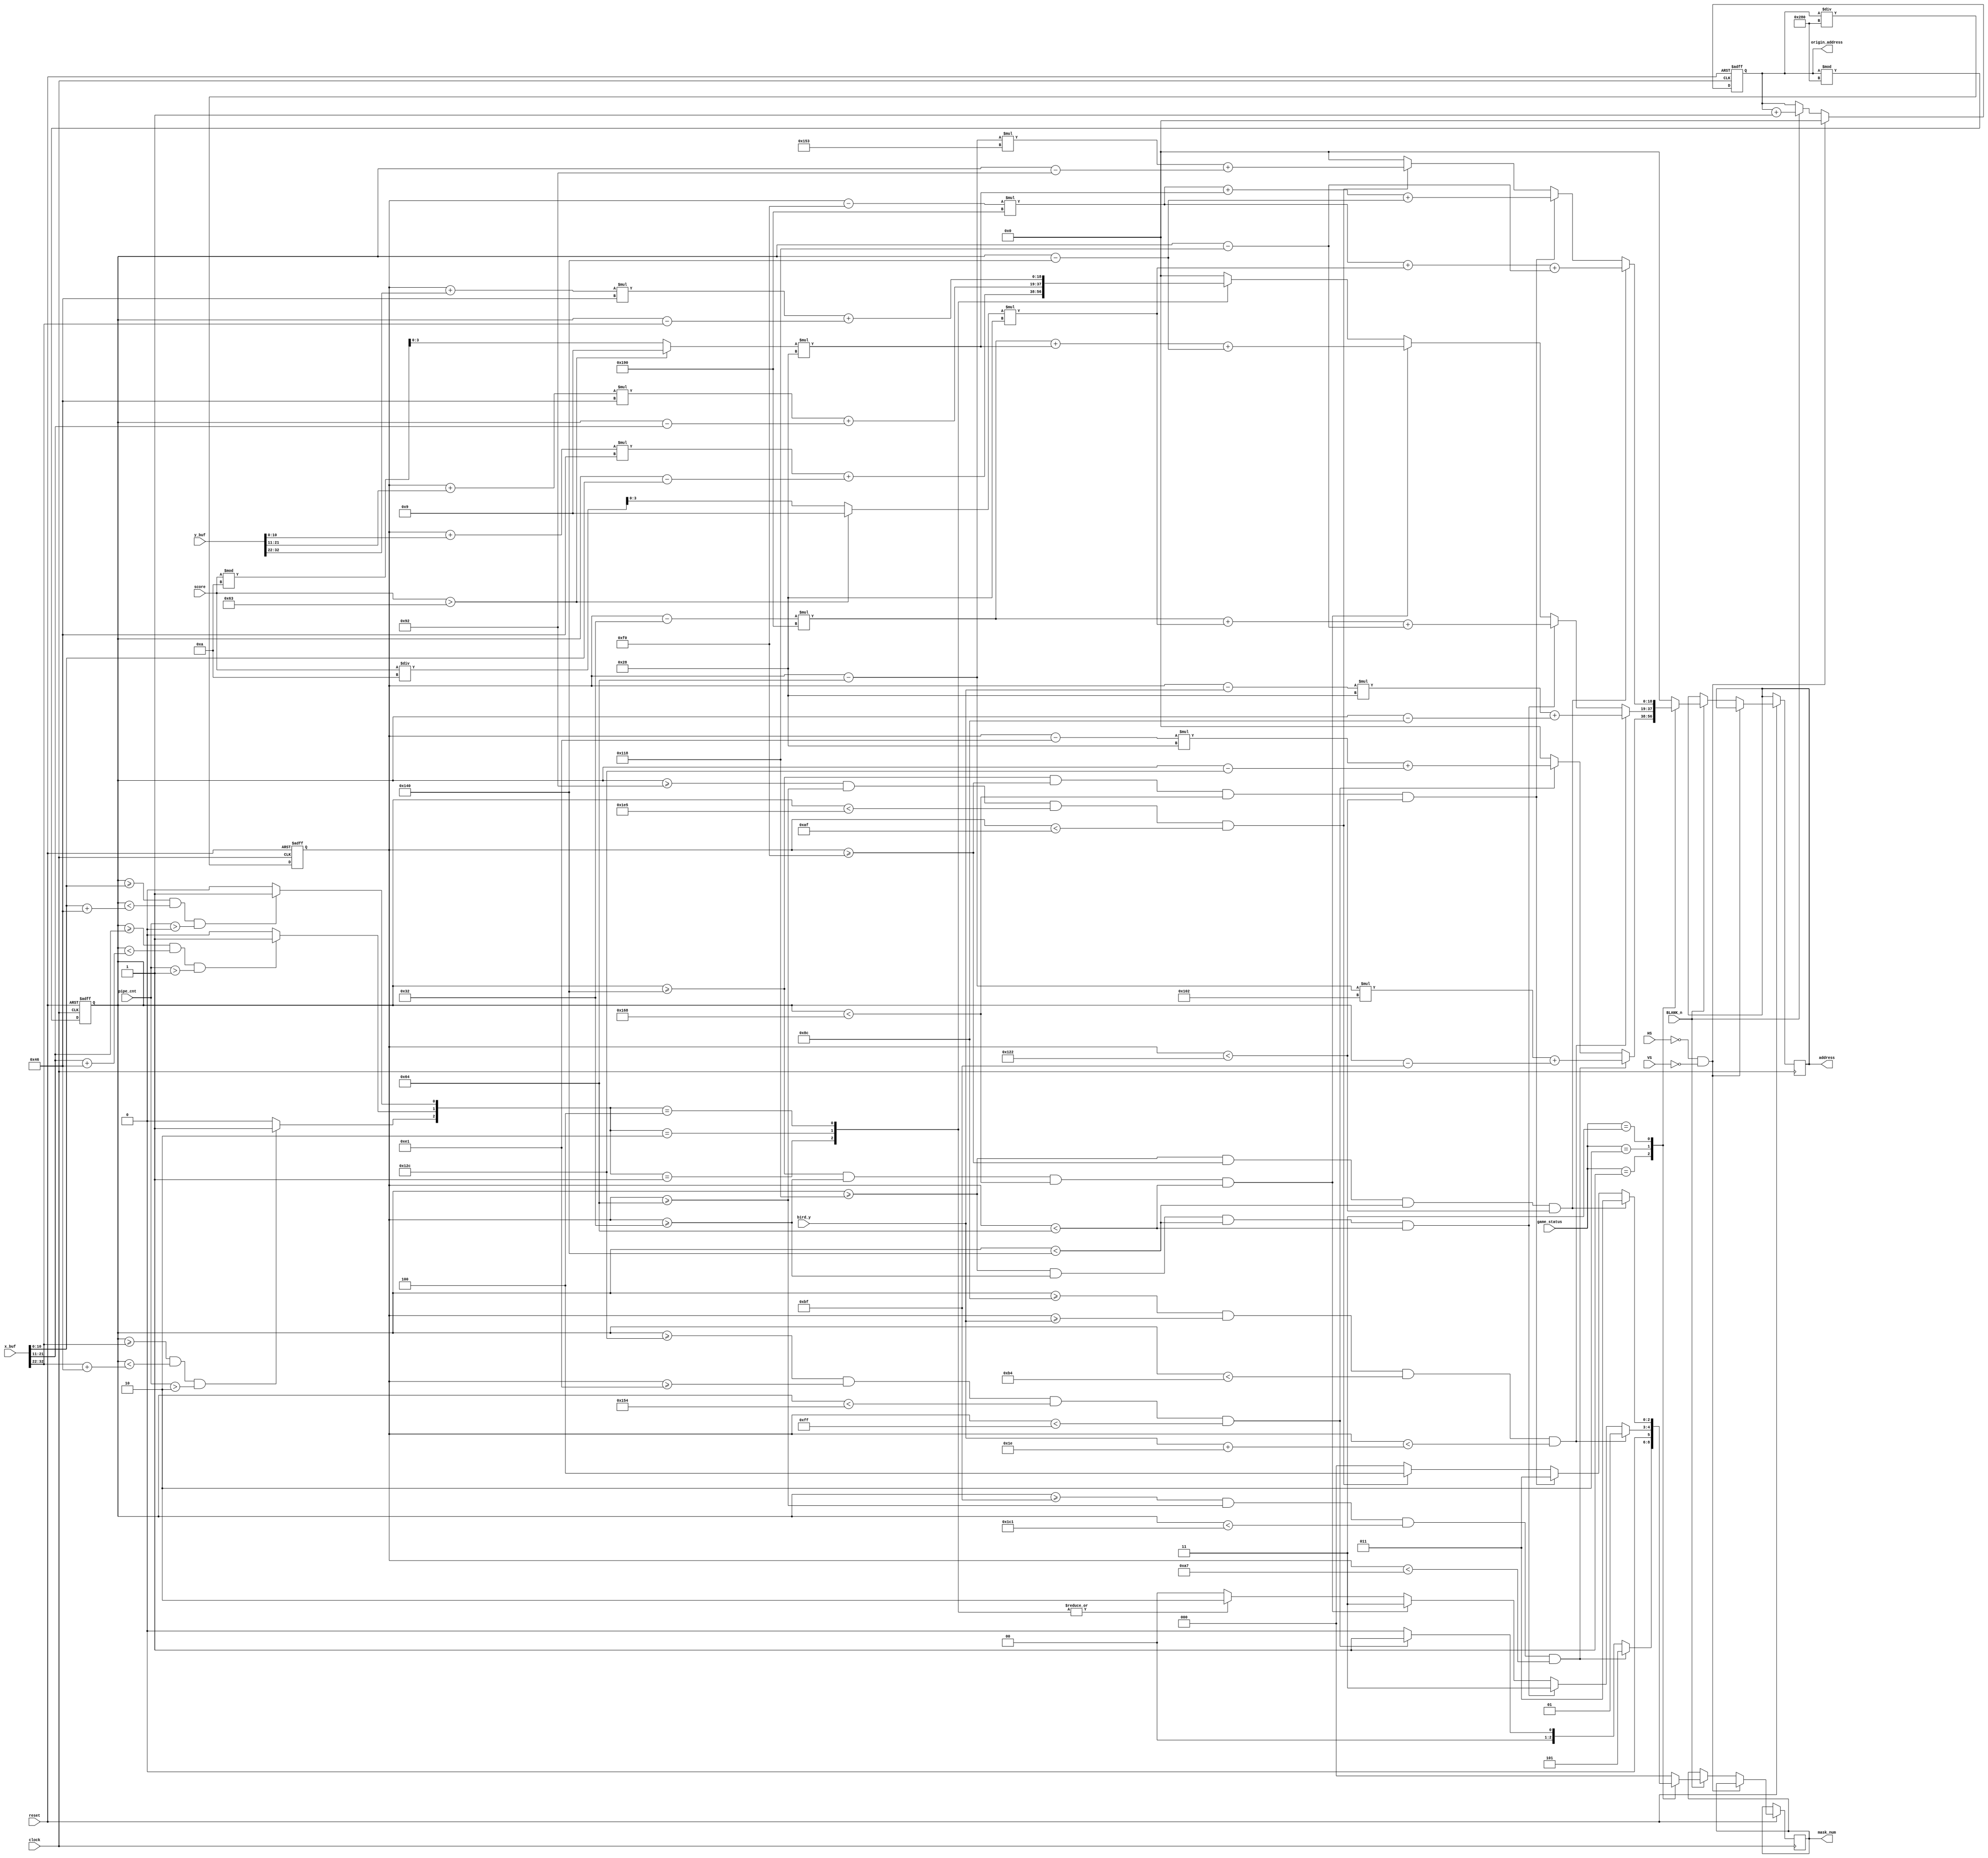
module vga_address_generator (
	// Input
	clock, reset,    		// clock and reset 
	HS, VS, BLANK_n, 		// vga sync control line
	game_status,	  		// current game status
	bird_y,
	pipe_cnt,			  	// number of object on the canvas (maximum 5 obj)
	x_buf,				  	// x axis buffer for pipe objects
	y_buf,				  	// y axis buffer for pipe objects
	score,
	
	// Output
	origin_address,
	address,
	mask_num
);

	///////////////////////////// Port Declarations ///////////////////////////// 
	input 					clock, reset;   	// clock and reset  
	input 					HS, VS, BLANK_n;	// VGA control signal
	input [2:0] 			game_status;		// game current status
	input [10:0]			bird_y;
	input [2:0] 			pipe_cnt;			// number of object on the canvas (maximum 5 obj)
	input [32:0] 			x_buf;				// 4 object y coordinate
	input [32:0]			y_buf;
	input [7:0]				score;
	
	output reg [18:0] 	origin_address;	// orignal address
	output reg [18:0] 	address;				// generated output
	output reg [2:0] 		mask_num;			// which picture/mask
	
	////////////////////////// Parameter Declarations ///////////////////////////
	localparam signed w_bird = 11'd40, 			h_bird = 11'd30;		// bird size
	localparam signed w_pipe = 11'd70, 			h_pipe = 11'd840;		// pipe size
	localparam signed w_start = 11'd258, 		h_start = 11'd67;	// start menu size
	localparam signed w_restart = 11'd339, 	h_restart = 11'd75;	// restart menu size
	localparam signed w_number = 11'd400, 		h_number = 11'd50;   // each number size
	
	localparam signed s_pos_x = 11'd191,		s_pos_y = 11'd100;
	localparam signed s_bird_x = 11'd300,		s_bird_y = 11'd225;
	localparam signed gg_pos_x = 11'd146, 		gg_pos_y = 11'd100;
	localparam signed num1_pos_x = 11'd280,	num1_pos_y = 11'd50;
	localparam signed num2_pos_x = 11'd320, 	num2_pos_y = 11'd50;
	localparam signed w_number_single = 11'd40;
	localparam signed gg_num_pos_y = 11'd240;
	localparam signed bird_x = 11'd140;
	
	///////////////// Internal Wires and Registers Declarations /////////////////
	reg  signed [18:0] 	x;							// orignal address x coor
	reg  signed	[18:0] 	y;							// orignal address y coor
	wire 			[2:0] 	pipe;						// pipe indicator 
	wire signed [10:0] 	ox [2:0];				// address x coor
	wire signed [10:0] 	oy [2:0];				// address y coor 
	wire 			[3:0]		num1, num2;

	////////////////////////////// Sequential logic /////////////////////////////
	always @(posedge clock or negedge reset)
	begin
		if (~reset)
			origin_address <= 19'd0;
		else if (HS == 1'b0 && VS == 1'b0) // the line and frame are sync
			origin_address <= 19'd0;
		else if (BLANK_n == 1'b1)			  // 600*480 address start here
		begin
			// update original address
			origin_address <= origin_address + 1'b1;
			address <= 18'd0;
			mask_num <= 3'd0;
			
			case (game_status)
			// Game initializing
			2'd0:
				mask_num <= 3'd0;
					
			// Game is first started
			2'd1:
			begin
				// only one object - start menu - mask 5
				if (x >= s_pos_x && y >= s_pos_y && x < s_pos_x + w_start && y < s_pos_y + h_start)
				begin
					mask_num <= 3'd5;
					address <= (y - s_pos_y) * w_start + (x - s_pos_x);
				end
				else if (x >= s_bird_x && y >= s_bird_y && x < s_bird_x + w_bird && y < s_bird_y + h_bird)
				begin
					mask_num <= 3'd1;
					address <= (y - s_bird_y) * w_bird + (x - s_bird_x);
				end
				else
					mask_num <= 3'd0;
			end
				
			// Game is running
			2'd2:
			begin
				// First object must be the bird when game is running - mask 1
				if (x >= bird_x && y >= bird_y && x < bird_x + w_bird && y < bird_y + h_bird)
				begin
					mask_num <= 3'd1;
					address <= (y - bird_y) * w_bird + (x - bird_x);
				end
				// object are numbers 1 and 2 - mask 3
				else if (x >= num1_pos_x && y >= num1_pos_y && x < num1_pos_x + w_number_single && y < num1_pos_y + h_number)
				begin
					mask_num <= 3'd3;
					address <= (y - num1_pos_y) * w_number + num1 * w_number_single + (x - num1_pos_x);
				end
				else if (x >= num2_pos_x && y >= num2_pos_y && x < num2_pos_x + w_number_single && y < num2_pos_y + h_number)
				begin
					mask_num <= 3'd3;
					address <= (y - num2_pos_y) * w_number + num2 * w_number_single + (x - num2_pos_x);
				end
				else
				begin
					// object are numbers pipes - mask 2
					mask_num <= 3'd2;
					case (pipe)
					3'b001:
						address <= (y + oy[0]) * w_pipe + (x - ox[0]);
					3'b010:
						address <= (y + oy[1]) * w_pipe + (x - ox[1]);
					3'b100:
						address <= (y + oy[2]) * w_pipe + (x - ox[2]);
					default: 
						mask_num <= 3'd0;
					endcase
				end
			end
				
			// Game is over
			2'd3:
			begin
				// objects - restart menu and score - mask 3 and 4
				if (x >= num1_pos_x && y >= gg_num_pos_y && x < num1_pos_x + w_number_single && y < gg_num_pos_y + h_number)
				begin
					mask_num <= 3'd3;
					address <= (y - gg_num_pos_y) * w_number + num1 * w_number_single + (x - num1_pos_x);
				end
				else if (x >= num2_pos_x && y >= gg_num_pos_y && x < num2_pos_x + w_number_single && y < gg_num_pos_y + h_number)
				begin
					mask_num <= 3'd3;
					address <= (y - gg_num_pos_y) * w_number + num2 * w_number_single + (x - num2_pos_x);
				end
				else if (x >= gg_pos_x && y >= gg_pos_y && x < gg_pos_x + w_restart && y < gg_pos_y + h_restart)
				begin
					mask_num <= 3'd4;
					address <= (y - gg_pos_y) * w_restart + (x - gg_pos_x);
				end
				else
					mask_num <= 3'd0;
			end
				
			default:
				mask_num <= 3'd0;
			endcase
		end
	end
	
	// Calculate the x and y coordinate for current address
	always @(posedge clock or negedge reset)
	begin
		if (~reset) 
		begin
			x <= 18'd0;
			y <= 18'd0;
		end
		else
		begin
			x <= origin_address % 18'd640;
			y <= origin_address / 18'd640;
		end
	end 
	
	//////////////////////////// Combinational Logic ////////////////////////////
	genvar i;
	generate
		for (i = 0; i < 3; i = i + 1)
		begin : signed_extract
			assign ox[i] = x_buf[(i+1)*11-1:i*11];
			assign oy[i] = y_buf[(i+1)*11-1:i*11];
		end
		
		for (i = 0; i < 3; i = i + 1)
		begin : pipe_indicator
			assign pipe[i] = ((x >= ox[i]) && (x < ox[i] + w_pipe) && (pipe_cnt > i)) ? 1'b1 : 1'b0;
		end
	endgenerate
	
	assign num1 = (score > 8'd99) ? 4'd9 : score / 4'd10;
	assign num2 = (score > 8'd99) ? 4'd9 : score % 4'd10;
	
endmodule